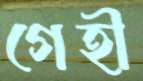
গেহী